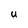
Character: U